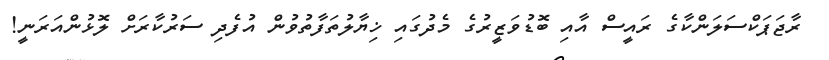
ރާޖަޕަކްސަލަންކާގެ ރައީސް އާއި ބޮޑުވަޒީރުގެ މެދުގައި ޚިޔާލުތަފާތުވުން އުފެދި ސަރުކާރަށް ލޮޅުންއަރަނީ!